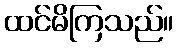
ထင်မိကြသည်။